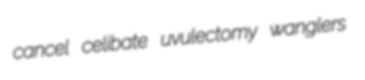
cancel celibate uvulectomy wanglers